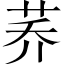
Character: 荞